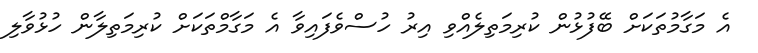
އެ މަގާމުތަކަށް ބޭފުޅުން ކުރިމަތިލެއްވި އިރު ހުސްވެފައިވާ އެ މަގާމްތަކަށް ކުރިމަތިލާން ހުޅުވާލި